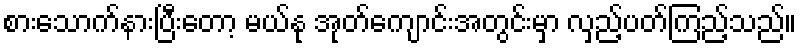
စားသောက်နားပြီးတော့ မယ်နု အုတ်ကျောင်းအတွင်းမှာ လှည့်ပတ်ကြည့်သည်။